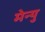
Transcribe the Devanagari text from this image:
मेन्‍यु